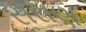
સરાણ